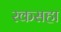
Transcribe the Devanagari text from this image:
रकसहा